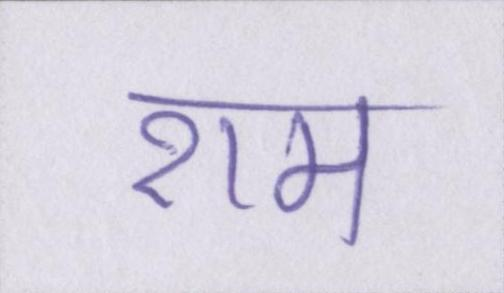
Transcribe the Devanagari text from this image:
राम